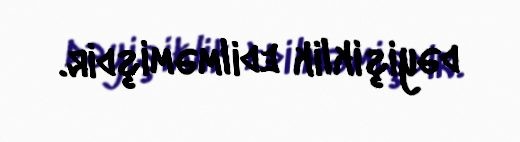
dəyişiklik edilməmişdir.